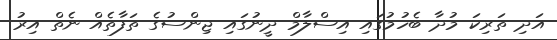
އަދި ތަރިކަ މުދާ ބެހުމުގައި އިސްލާމް ދީނުގައި ޖިންސުގެ ތަފާތެއް ނެތް އިރު